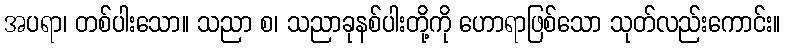
အပရာ၊ တစ်ပါးသော။ သညာ စ၊ သညာခုနစ်ပါးတို့ကို ဟောရာဖြစ်သော သုတ်လည်းကောင်း။